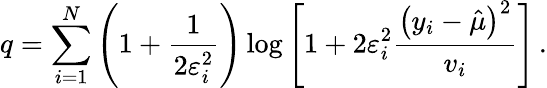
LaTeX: q=\sum_{i=1}^{N}\left(1+\frac{1}{2\varepsilon_{i}^{2}}\right)\log\left[{1+2\varepsilon_{i}^{2}\frac{\left(y_{i}-\hat{\mu}\right)^{2}}{v_{i}}}\right]\, .